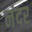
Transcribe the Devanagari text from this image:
नंदर